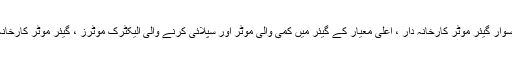
چین سوار گیئر موٹر کارخانہ دار ، اعلی معیار کے گیئر میں کمی والی موٹر اور سپلائی کرنے والی الیکٹرک موٹرز ، گیئر موٹر کارخانہ دار۔